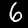
Digit: 6